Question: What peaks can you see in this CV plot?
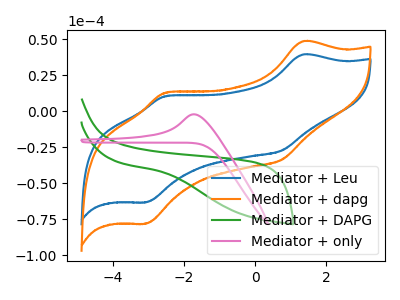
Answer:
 <answer>The blue curve "Mediator + Leu" has anodic peaks at (1.35V, 39.35uA) (-2.55V, 10.40uA) and cathodic peaks at (0.75V, -27.35uA) (-3.05V, -63.35uA). The orange curve "Mediator + dapg" has anodic peaks at (1.35V, 48.55uA) (-2.55V, 12.80uA) and cathodic peaks at (0.75V, -33.75uA) (-3.05V, -78.15uA). The green curve "Mediator + DAPG" has no peaks. The pink curve "Mediator + only" has an anodic peak at: (-1.70V, -2.15uA).</answer>
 <eval></eval>